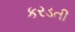
કરડતી